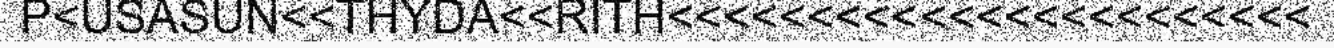
P<USASUN<<THYDA<<RITH<<<<<<<<<<<<<<<<<<<<<<<